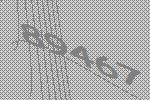
89467